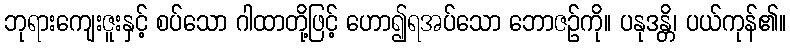
ဘုရားကျေးဇူးနှင့် စပ်သော ဂါထာတို့ဖြင့် ဟော၍ရအပ်သော ဘောဇဉ်ကို။ ပနုဒန္တိ၊ ပယ်ကုန်၏။